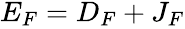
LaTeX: \begin{array}{r}{E_{F}=D_{F}+J_{F}}\end{array}